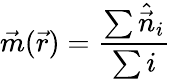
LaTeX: \vec{m}(\vec{r})=\frac{\sum\hat{\vec{n}}_{i}}{\sum i}